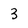
Character: 3